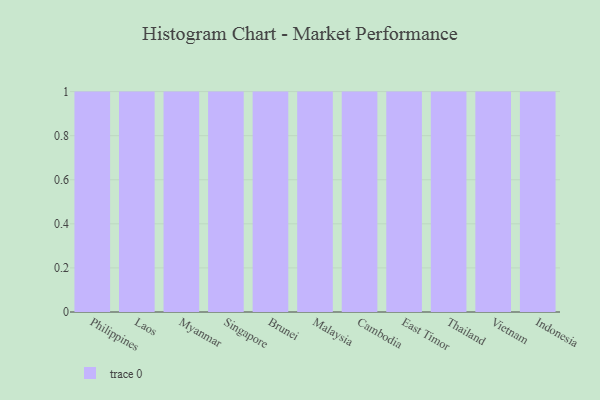
{"axis": {"x": "Country", "y": "LTV (USD)"}, "legend": [""], "data": [{"x": "Philippines", "y": 71, "type": ""}, {"x": "Laos", "y": 68, "type": ""}, {"x": "Myanmar", "y": 6, "type": ""}, {"x": "Singapore", "y": 61, "type": ""}, {"x": "Brunei", "y": 81, "type": ""}, {"x": "Malaysia", "y": 58, "type": ""}, {"x": "Cambodia", "y": 6, "type": ""}, {"x": "East Timor", "y": 79, "type": ""}, {"x": "Thailand", "y": 80, "type": ""}, {"x": "Vietnam", "y": 30, "type": ""}, {"x": "Indonesia", "y": 93, "type": ""}]}